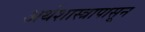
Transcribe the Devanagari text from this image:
अर्थशास्त्रापासून